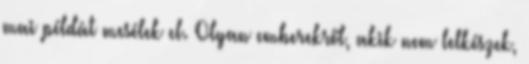
mai példát mesélek el. Olyan emberekről, akik nem lelkészek,